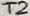
Text: T2